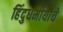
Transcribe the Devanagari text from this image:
हिंदुधर्मीयांचे